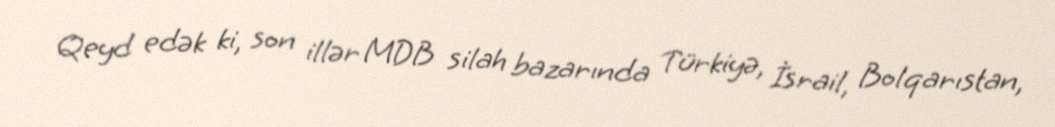
Qeyd edək ki, son illər MDB silah bazarında Türkiyə, İsrail, Bolqarıstan,